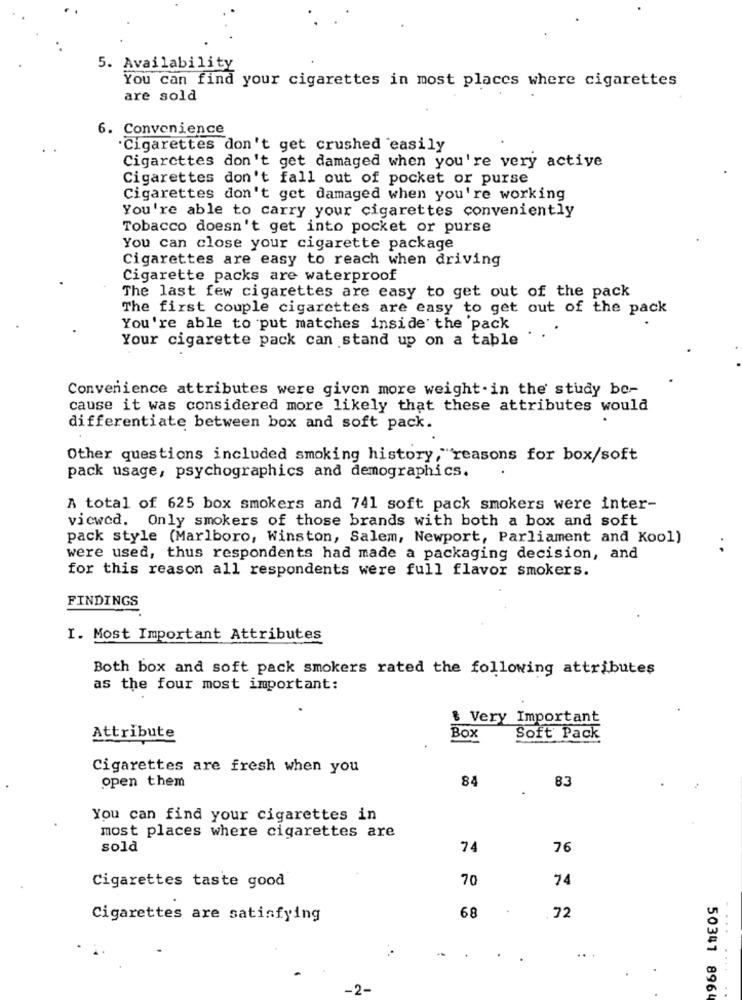
5. Availability
You can find your cigarettes in most places where cigarettes
are sold
6. Convenience
Cigarettes don't get crushed easily
Cigarettes don't get damaged when you're very active
Cigarettes don't fall out of pocket or purse
Cigarettes don't get damaged when you're working
You're able to carry your cigarettes conveniently
Tobacco doesn't get into pocket or purse
You can close your cigarette package
Cigarettes are easy to reach when driving
Cigarette packs are waterproof
The last few cigarettes are easy to get out of the pack
The first couple cigarettes are easy to get out of the pack
You're able to put matches inside the pack
Your cigarette pack can stand up on a table
Convenience attributes were given more weight .in the study be-
cause it was considered more likely that these attributes would
differentiate between box and soft pack.
Other questions included smoking history,"reasons for box/soft
pack usage, psychographics and demographics.
A total of 625 box smokers and 741 soft pack smokers were inter-
viewed. Only smokers of those brands with both a box and soft
pack style (Marlboro, Winston, Salem, Newport, Parliament and Kool)
were used, thus respondents had made a packaging decision, and
for this reason all respondents were full flavor smokers.
FINDINGS
I. Most Important Attributes
Both box and soft pack smokers rated the following attributes
as the four most important:
$ Very Important
Attribute
Box
Soft Pack
Cigarettes are fresh when you
open them
84
83
You can find your cigarettes in
most places where cigarettes are
sold
74
76
70
74
Cigarettes taste good
Cigarettes are satisfying
68
72
..
-2-
50341 896